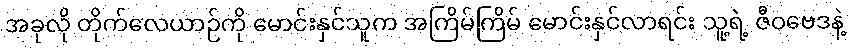
အခုလို တိုက်လေယာဉ်ကို မောင်းနှင်သူက အကြိမ်ကြိမ် မောင်းနှင်လာရင်း သူ့ရဲ့ ဇီဝဗေဒနဲ့